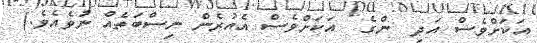
އަކަށްވެސް އަދި  ންގެ  އަކަށްވެސް އެއުރެން ނިސްބަތެއް ނުވެއެވެ.)